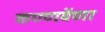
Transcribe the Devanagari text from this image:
कण्णवेंणा